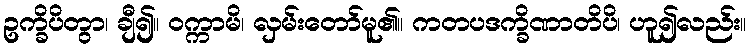
ဥက္ခိပိတွာ၊ ချီ၍။ ဝက္ကာမိ၊ လှမ်းတော်မူ၏။ ကတပဒက္ခိဏာတိပိ၊ ဟူ၍လည်း။